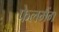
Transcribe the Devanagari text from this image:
फेलमैंग